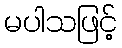
မပါသဖြင့်